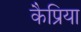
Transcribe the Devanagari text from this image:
कैप्रिया